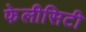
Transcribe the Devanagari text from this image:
फेलीसिटी